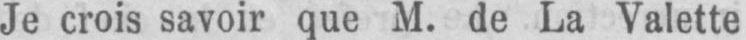
Je crois savoir que M. de La Valette